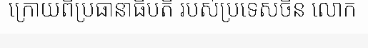
ក្រោយពីប្រធានាធិបតី របស់ប្រទេសចិន លោក